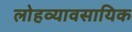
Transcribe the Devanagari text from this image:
लोहव्यावसायिक